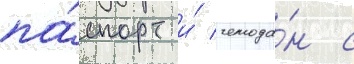
па́спорт и́ чемода́н с